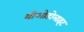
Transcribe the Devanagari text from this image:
थीओडोलाइट